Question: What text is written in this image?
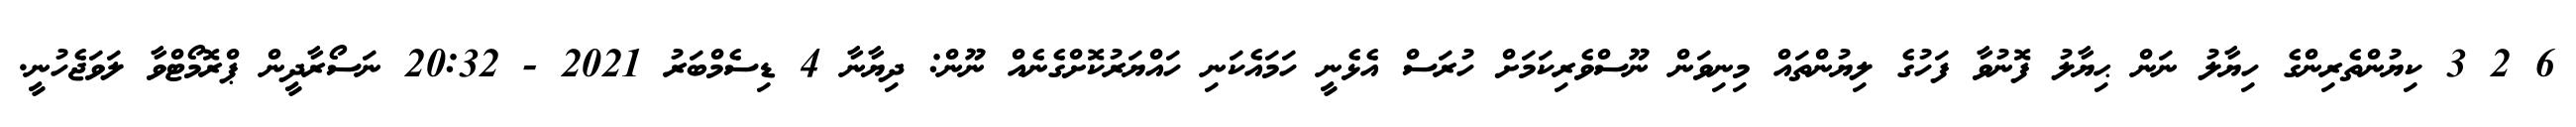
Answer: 6 2 3 ކިޔުންތެރިންގެ ހިޔާލު ނަން ޙިޔާލު ފޮނުވާ ފަހުގެ ލިޔުންތައް މިނިވަން ނޫސްވެރިކަމަށް ހުރަސް އެޅެނީ ހަމައެކަނި ހައްޔަރުކޮށްގެނެއް ނޫން: ދިޔާނާ 4 ޑިސެމްބަރު 2021 - 20:32 ނަސޯރާދީން ޕްރޮމޯޓްވާ ލަވަޖެހުނީ.